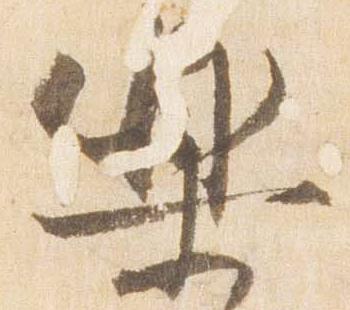
楽